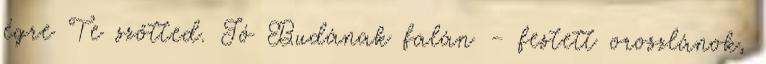
égre Te szőtted. Jó Budának falán – festett oroszlánok,